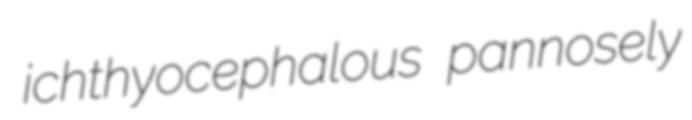
ichthyocephalous pannosely